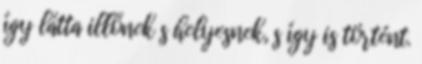
így látta illőnek s helyesnek, s így is történt.